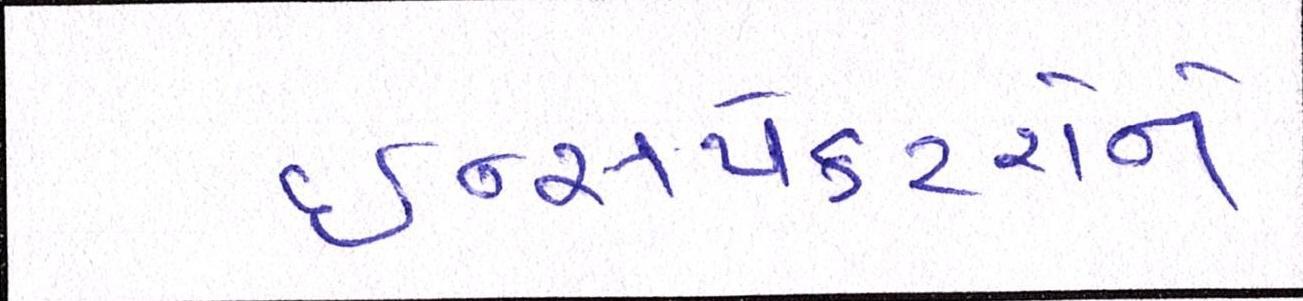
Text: ઈન્સપેકટરોને